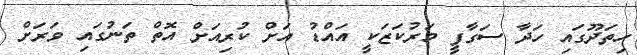
ހިތަދޫގައި ހަދާ ސަގާފީ މަރުކަޒަކީ އައްޑު އަށް ކުރިއަށް އޮތް ތަނުގައި ވަރަށް